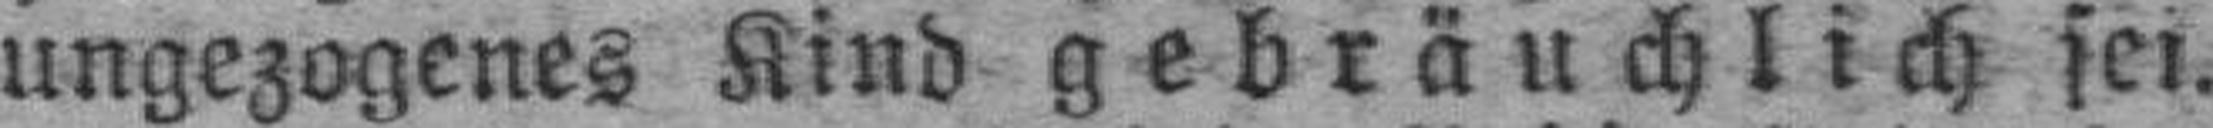
ungezogenes Kind gebräuchlich sei.